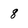
Character: 8